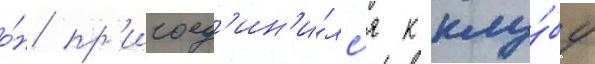
о́н пр'исоед'ин'и́лс'я к клу́бу